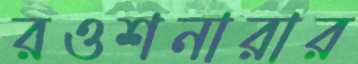
রওশনারার